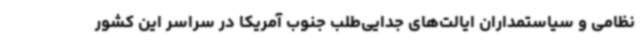
نظامی و سیاستمداران ایالت‌های جدایی‌طلب جنوب آمریکا در سراسر این کشور